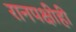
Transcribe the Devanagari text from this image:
रानपक्षीही